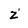
Character: z